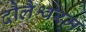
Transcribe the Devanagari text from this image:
दौलैश्वरम